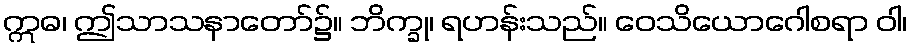
ဣဓ၊ ဤသာသနာတော်၌။ ဘိက္ခု၊ ရဟန်းသည်။ ဝေသိယောဂေါစရာ ဝါ၊